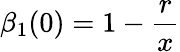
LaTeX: \beta_{1}(0)=1-\frac{r}{x}